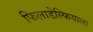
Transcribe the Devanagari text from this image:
फिलाडेल्फियाला